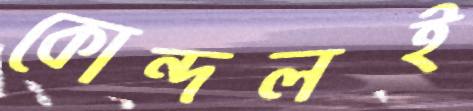
কোন্দলই